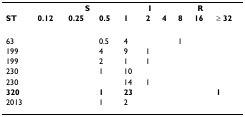
<table><thead><tr><td></td><td colspan="4"><b>S</b></td><td><b>I</b></td><td colspan="4"><b>R</b></td></tr><tr><td><b>ST</b></td><td><b>0.12</b></td><td><b>0.25</b></td><td><b>0.5</b></td><td><b>1</b></td><td><b>2</b></td><td><b>4</b></td><td><b>8</b></td><td><b>16</b></td><td><b>≥ 32</b></td></tr></thead><tbody><tr><td>63</td><td></td><td></td><td>0.5</td><td>4</td><td></td><td></td><td>1</td><td></td><td></td></tr><tr><td>199</td><td></td><td></td><td>4</td><td>9</td><td>1</td><td></td><td></td><td></td><td></td></tr><tr><td>199</td><td></td><td></td><td>2</td><td>1</td><td>1</td><td></td><td></td><td></td><td></td></tr><tr><td>230</td><td></td><td></td><td>1</td><td>10</td><td></td><td></td><td></td><td></td><td></td></tr><tr><td>230</td><td></td><td></td><td></td><td>14</td><td>1</td><td></td><td></td><td></td><td></td></tr><tr><td><b>320</b></td><td></td><td></td><td><b>1</b></td><td><b>23</b></td><td></td><td></td><td></td><td></td><td><b>1</b></td></tr><tr><td>2013</td><td></td><td></td><td>1</td><td>2</td><td></td><td></td><td></td><td></td><td></td></tr></tbody></table>